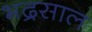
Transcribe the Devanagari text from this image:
भद्रसाल